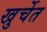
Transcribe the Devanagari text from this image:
खुर्चेत